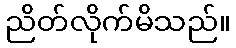
ညိတ်လိုက်မိသည်။